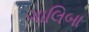
ગાલિબા